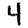
Digit: 4